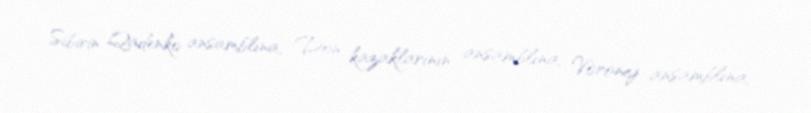
Sibirin Qadenko ansamblına, Don kazaklarının ansamblına, Voronej ansamblına,